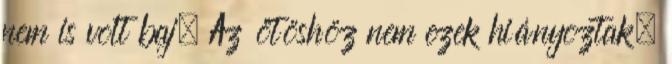
nem is volt baj. Az ötöshöz nem ezek hiányoztak.